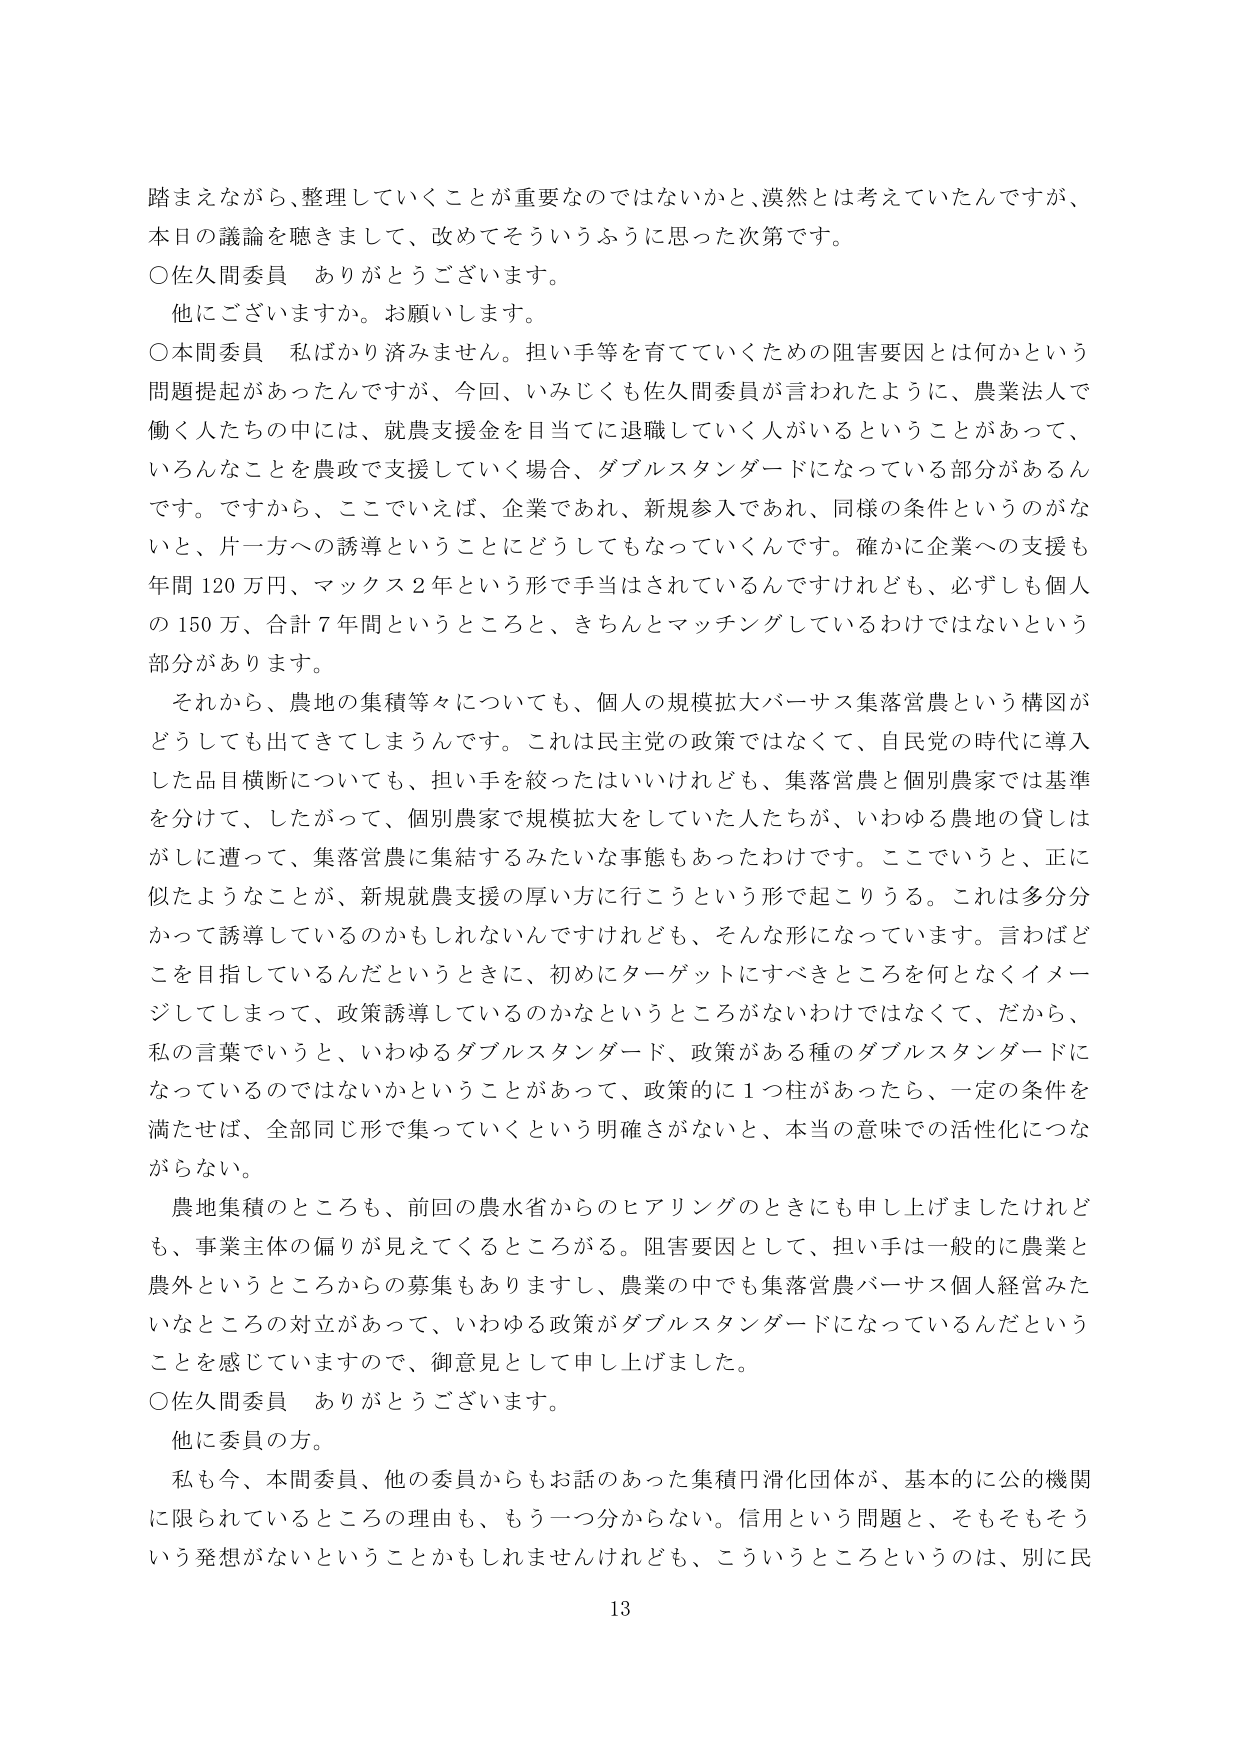
踏まえながら、整理していくことが重要なのではないかと、漠然とは考えていたんですが、
本日の議論を聴きまして、改めてそういうふうに思った次第です。

○佐久間委員　ありがとうございます。
　他にございますか。お願いします。

○本間委員　私ばかり済みません。担い手等を育てていくための阻害要因とは何かという
問題提起があったんですが、今回、いみじくも佐久間委員が言われたように、農業法人で
働く人たちの中には、就農支援金を目当てに退職していく人がいるということがあって、
いろんなことを農政で支援していく場合、ダブルスタンダードになっている部分があるん
です。ですから、ここでいえば、企業であれ、新規参入であれ、同様の条件というのがな
いと、片一方への誘導ということにどうしてもなっていくんです。確かに企業への支援も
年間120万円、マックス2年という形で手当はされているんですけれども、必ずしも個人
の150万、合計7年間というところと、きちんとマッチングしているわけではないという
部分があります。

　それから、農地の集積等々についても、個人の規模拡大バーサス集落営農という構図が
どうしても出てきてしまうんです。これは民主党の政策ではなくて、自民党の時代に導入
した品目横断についても、担い手を絞ったはいいけれども、集落営農と個別農家では基準
を分けて、したがって、個別農家で規模拡大をしていた人たちが、いわゆる農地の貸しは
がしに遭って、集落営農に集結するみたいな事態もあったわけです。ここでいうと、正に
似たようなことが、新規就農支援の厚い方に行こうという形で起こりうる。これは多分分
かって誘導しているのかもしれないんですけども、そんな形になっています。言わばど
こを目指しているんだというときに、初めにターゲットにすべきところを何となくイメー
ジしてしまって、政策誘導しているのかなというところがないわけではなくて、だから、
私の言葉でいうと、いわゆるダブルスタンダード、政策がある種のダブルスタンダードに
なっているのではないかということがあって、政策的に1つ柱があったら、一定の条件を
満たせば、全部同じ形で集っていくという明確さがないと、本当の意味での活性化につな
がらない。

　農地集積のところも、前回の農水省からのヒアリングのときにも申し上げましたけれど
も、事業主体の偏りが見えてくるところがる。阻害要因として、担い手は一般的に農業と
農外というところからの募集もありますし、農業の中でも集落営農バーサス個人経営みた
いなところの対立があって、いわゆる政策がダブルスタンダードになっているんだという
ことを感じていますので、御意見として申し上げました。

○佐久間委員　ありがとうございます。
　他に委員の方。

　私も今、本間委員、他の委員からもお話のあった集積円滑化団体が、基本的に公的機関
に限られているところの理由も、もう一つ分からない。信用という問題と、そもそもそう
いう発想がないということかもしれませんが、こういうところというのは、別に民

13